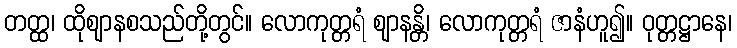
တတ္ထ၊ ထိုဈာနစသည်တို့တွင်။ လောကုတ္တရံ ဈာနန္တိ၊ လောကုတ္တရံ ဇာနံဟူ၍။ ဝုတ္တဋ္ဌာနေ၊